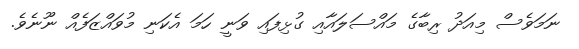
ނަމަވެސް މިއަދު ރިބާގެ މައްސަލައާއި ގުޅިފައި ވަނީ ހަމަ އެކަނި މުވައްޒަފެއް ނޫނެވެ.